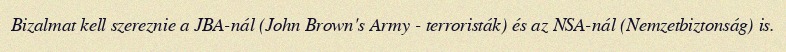
Bizalmat kell szereznie a JBA-nál (John Brown's Army - terroristák) és az NSA-nál (Nemzetbiztonság) is.